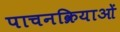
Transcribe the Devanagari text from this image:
पाचनक्रियाओं